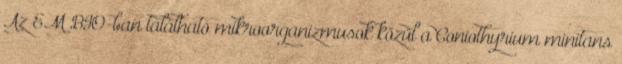
Az EM BIO-ban található mikroorganizmusok közül a Coniothyrium minitans